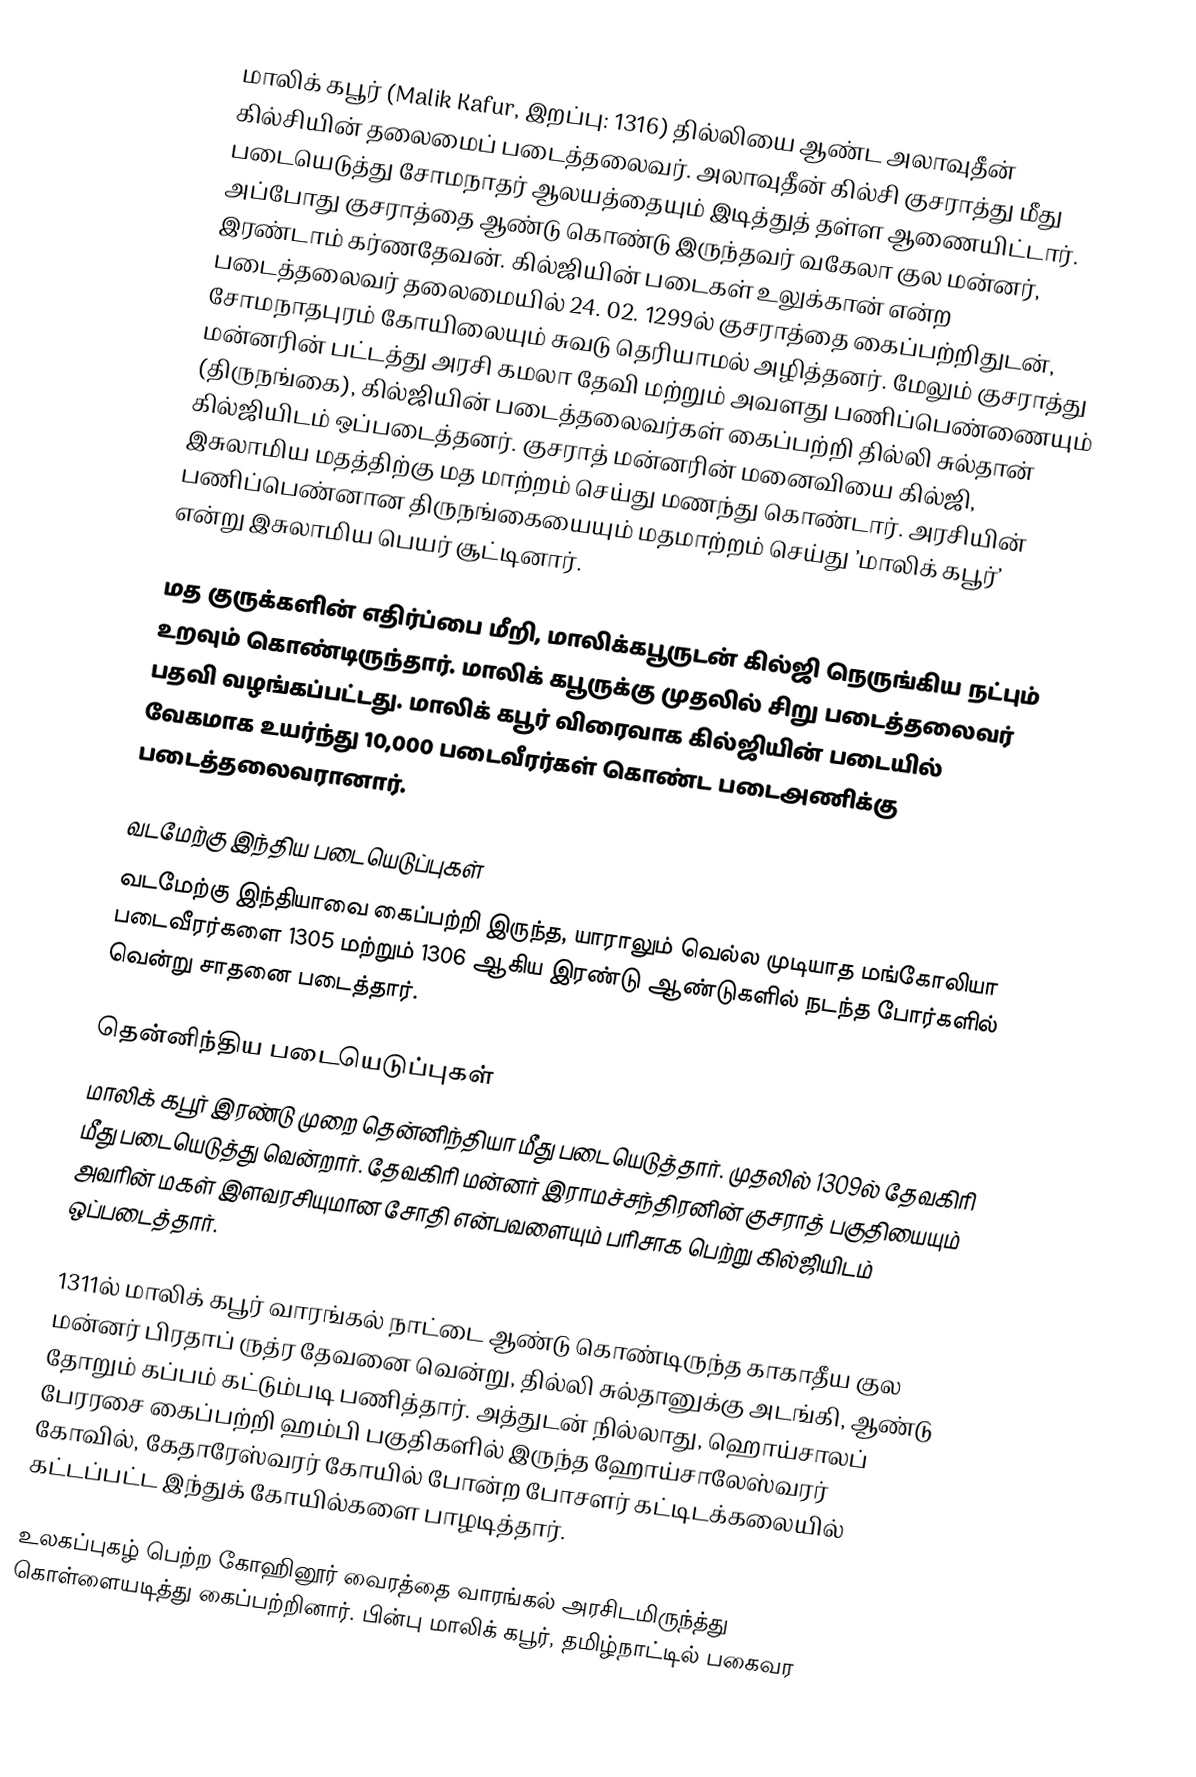
மாலிக் கபூர் (Malik Kafur, இறப்பு: 1316) தில்லியை ஆண்ட அலாவுதீன் கில்சியின் தலைமைப் படைத்தலைவர். அலாவுதீன் கில்சி  குசராத்து மீது படையெடுத்து சோமநாதர் ஆலயத்தையும் இடித்துத் தள்ள ஆணையிட்டார். அப்போது குசராத்தை ஆண்டு கொண்டு இருந்தவர் வகேலா குல மன்னர்,  இரண்டாம் கர்ணதேவன். கில்ஜியின் படைகள் உலுக்கான் என்ற படைத்தலைவர் தலைமையில் 24. 02. 1299ல்  குசராத்தை கைப்பற்றிதுடன், சோமநாதபுரம் கோயிலையும் சுவடு தெரியாமல் அழித்தனர். மேலும் குசராத்து மன்னரின் பட்டத்து அரசி கமலா தேவி மற்றும் அவளது பணிப்பெண்ணையும் (திருநங்கை), கில்ஜியின் படைத்தலைவர்கள் கைப்பற்றி தில்லி சுல்தான் கில்ஜியிடம் ஒப்படைத்தனர். குசராத் மன்னரின் மனைவியை கில்ஜி, இசுலாமிய மதத்திற்கு மத மாற்றம் செய்து மணந்து கொண்டார். அரசியின் பணிப்பெண்னான திருநங்கையையும்  மதமாற்றம் செய்து ’மாலிக் கபூர்’ என்று இசுலாமிய பெயர் சூட்டினார்.

மத குருக்களின் எதிர்ப்பை மீறி,  மாலிக்கபூருடன் கில்ஜி நெருங்கிய நட்பும் உறவும் கொண்டிருந்தார். மாலிக் கபூருக்கு முதலில் சிறு படைத்தலைவர் பதவி வழங்கப்பட்டது. மாலிக் கபூர் விரைவாக கில்ஜியின் படையில் வேகமாக உயர்ந்து 10,000 படைவீரர்கள் கொண்ட படைஅணிக்கு படைத்தலைவரானார்.

வடமேற்கு இந்திய படையெடுப்புகள்
வடமேற்கு இந்தியாவை கைப்பற்றி இருந்த, யாராலும் வெல்ல முடியாத மங்கோலியா படைவீரர்களை 1305 மற்றும் 1306 ஆகிய இரண்டு ஆண்டுகளில் நடந்த போர்களில் வென்று சாதனை படைத்தார்.

தென்னிந்திய படையெடுப்புகள்
மாலிக் கபூர் இரண்டு முறை தென்னிந்தியா மீது படையெடுத்தார். முதலில் 1309ல் தேவகிரி மீது படையெடுத்து வென்றார். தேவகிரி மன்னர் இராமச்சந்திரனின் குசராத் பகுதியையும் அவரின் மகள் இளவரசியுமான சோதி என்பவளையும் பரிசாக பெற்று கில்ஜியிடம் ஒப்படைத்தார்.

1311ல் மாலிக் கபூர் வாரங்கல் நாட்டை ஆண்டு கொண்டிருந்த காகாதீய குல மன்னர் பிரதாப் ருத்ர தேவனை வென்று, தில்லி சுல்தானுக்கு அடங்கி, ஆண்டு தோறும்  கப்பம் கட்டும்படி பணித்தார். அத்துடன் நில்லாது, ஹொய்சாலப் பேரரசை கைப்பற்றி   ஹம்பி பகுதிகளில் இருந்த ஹோய்சாலேஸ்வரர் கோவில், கேதாரேஸ்வரர் கோயில் போன்ற போசளர் கட்டிடக்கலையில் கட்டப்பட்ட இந்துக் கோயில்களை பாழடித்தார்.

உலகப்புகழ் பெற்ற கோஹினூர் வைரத்தை வாரங்கல் அரசிடமிருந்த்து கொள்ளையடித்து கைப்பற்றினார். பின்பு மாலிக் கபூர், தமிழ்நாட்டில் பகைவர